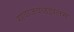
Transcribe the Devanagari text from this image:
गावाजवळझेलम